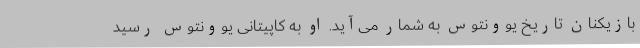
بازیکنان تاریخ یوونتوس به شمار می‌آید. او به کاپیتانی یوونتوس رسید